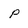
Character: P